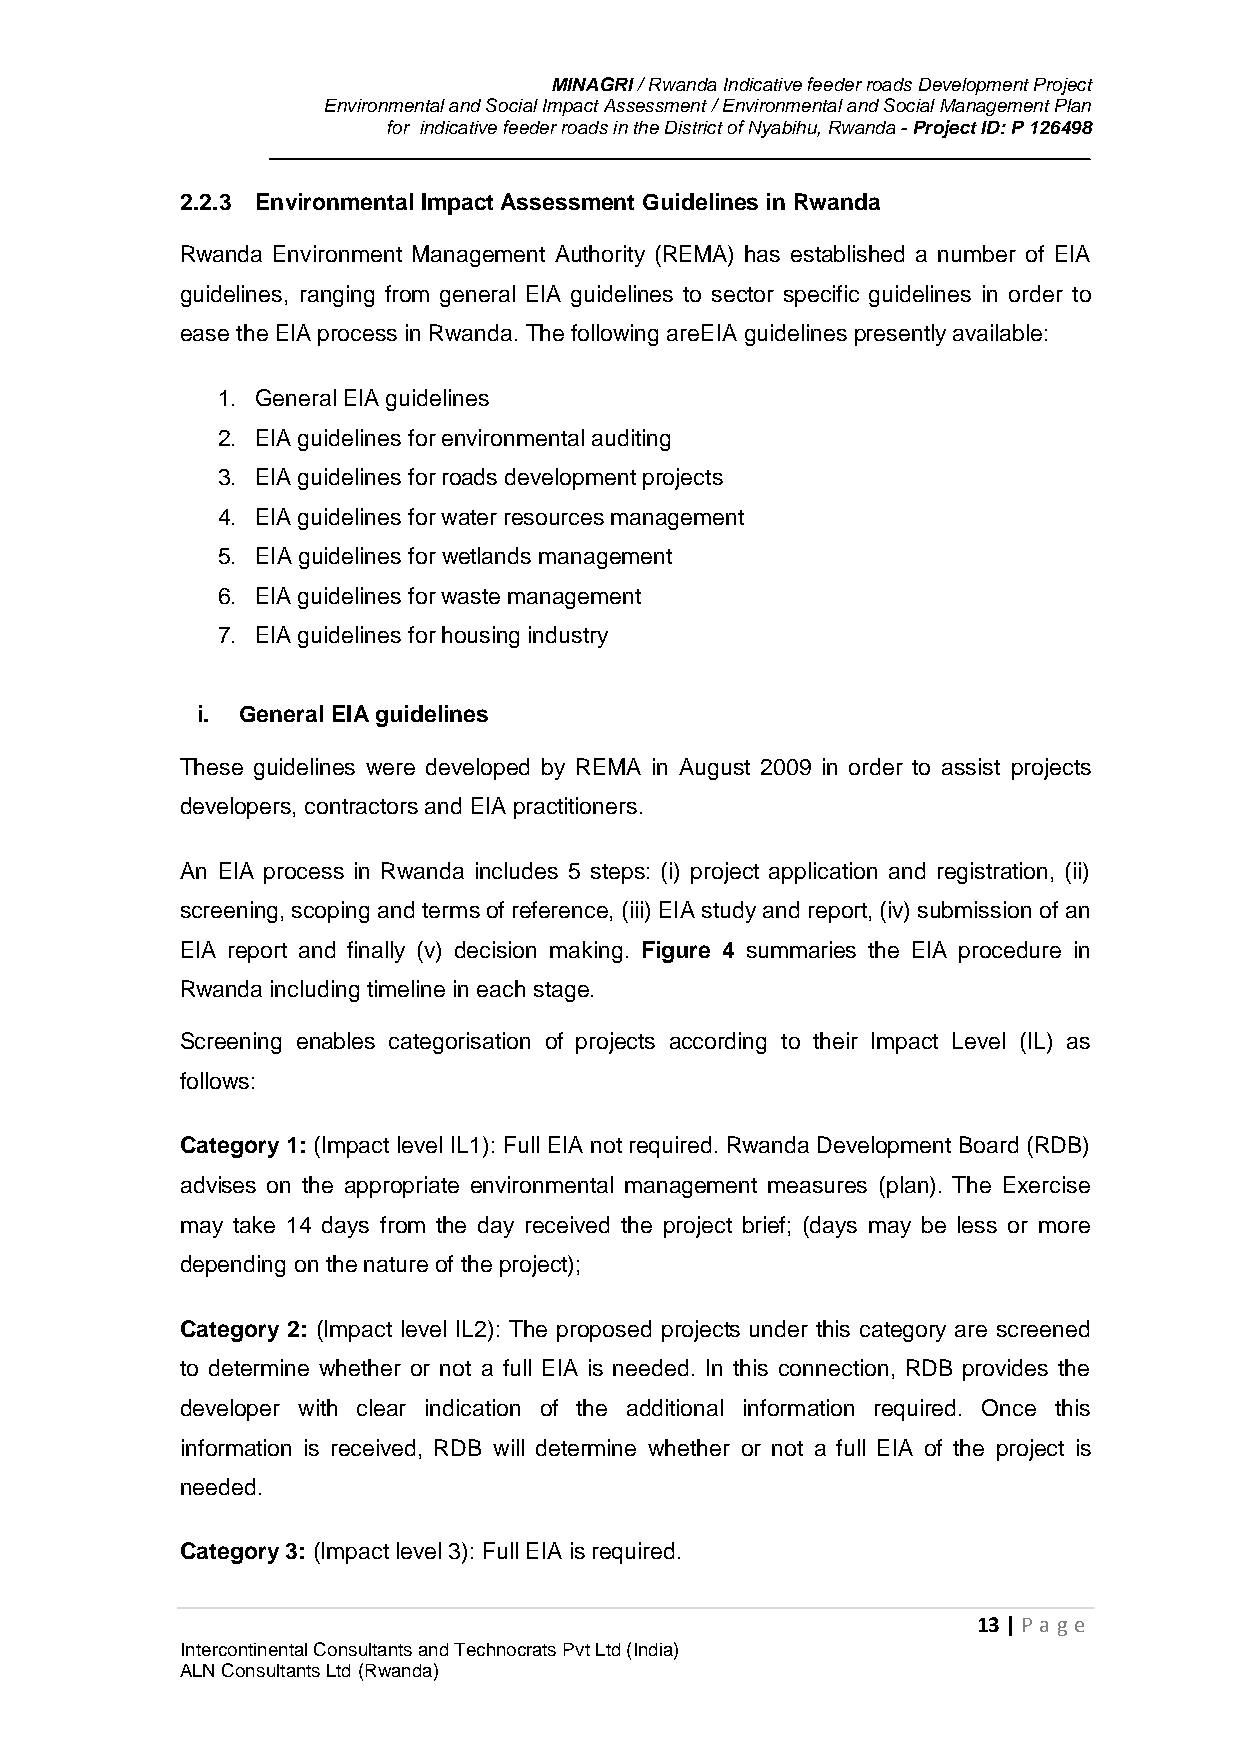
MINAGRI / Rwanda Indicative feeder roads Development Project
 Environmental and Social Impact Assessment / Environmental and Social Management Plan
 for indicative feeder roads in the District of Nyabihu, Rwanda - Project ID: P 126498
 2.2.3 Environmental Impact Assessment Guidelines in Rwanda
 Rwanda Environment Management Authority (REMA) has established a number of EIA
 guidelines, ranging from general EIA guidelines to sector specific guidelines in order to
 ease the EIA process in Rwanda. The following areEIA guidelines presently available:
 1. General EIA guidelines
 2. EIA guidelines for environmental auditing
 3. EIA guidelines for roads development projects
 4. EIA guidelines for water resources management
 5. EIA guidelines for wetlands management
 6. EIA guidelines for waste management
 7. EIA guidelines for housing industry
 i. General EIA guidelines
 These guidelines were developed by REMA in August 2009 in order to assist projects
 developers, contractors and EIA practitioners.
 An EIA process in Rwanda includes 5 steps: (i) project application and registration, (ii)
 screening, scoping and terms of reference, (iii) EIA study and report, (iv) submission of an
 EIA report and finally (v) decision making. Figure 4 summaries the EIA procedure in
 Rwanda including timeline in each stage.
 Screening enables categorisation of projects according to their Impact Level (IL) as
 follows:
 Category 1: (Impact level IL1): Full EIA not required. Rwanda Development Board (RDB)
 advises on the appropriate environmental management measures (plan). The Exercise
 may take 14 days from the day received the project brief; (days may be less or more
 depending on the nature of the project);
 Category 2: (Impact level IL2): The proposed projects under this category are screened
 to determine whether or not a full EIA is needed. In this connection, RDB provides the
 developer with clear indication of the additional information required. Once this
 information is received, RDB will determine whether or not a full EIA of the project is
 needed.
 Category 3: (Impact level 3): Full EIA is required.
 13 | P age
 Intercontinental Consultants and Technocrats Pvt Ltd (India)
 ALN Consultants Ltd (Rwanda)